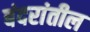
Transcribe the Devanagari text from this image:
बंदरांतील